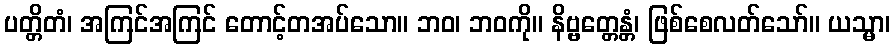
ပတ္တိတံ၊ အကြင်အကြင် တောင့်တအပ်သော။ ဘဝ၊ ဘဝကို။ နိဗ္ဗတ္တေန္တံ၊ ဖြစ်စေလတ်သော်။ ယသ္မာ၊